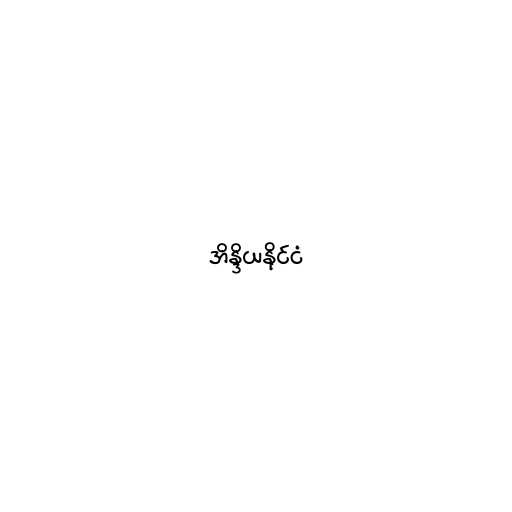
အိန္ဒိယနိုင်ငံ